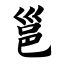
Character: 邕